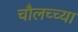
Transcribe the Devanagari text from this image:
चौलच्च्या